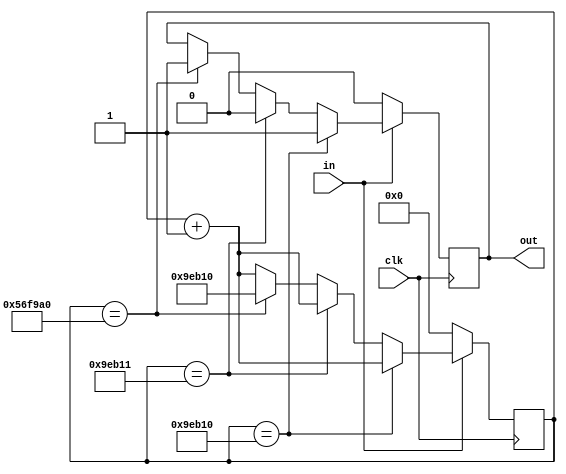
`timescale 1ns / 1ps
//////////////////////////////////////////////////////////////////////////////////
// Company: 
// Engineer: 
// 
// Design Name: 
// Module Name:    debounce 
// Project Name: 
// Target Devices: 
// Tool versions: 
// Description: 
//
// Dependencies: 
//
// Revision: 
// Revision 0.01 - File Created
// Additional Comments: 
//
//////////////////////////////////////////////////////////////////////////////////
module debounce(
			input clk,
			output out,
			input in
		);
 
	parameter limitDeb = 30'd650000;
	parameter limitDown = 30'd650001;
	parameter limitUp = 30'd5700000;
 
	reg [29:0] counter;
	reg hit;
 
	assign out = hit;
 
	always@(posedge clk) begin
		if(!in) begin
			counter <= 0;
			hit <= 0;        
		end else if(counter == limitDeb) begin
			hit <= 1;
			counter <= counter + 1;
		end else if(counter == limitDown) begin 
			hit <= 0;
			counter <= counter + 1;
		end else if(counter == limitUp) begin 
			hit <= 1;
			counter <= limitDeb;
		end else if(in) begin
			counter <= counter + 1;
		end
	end
endmodule